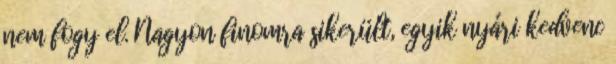
nem fogy el. Nagyon finomra sikerült, egyik nyári kedvenc